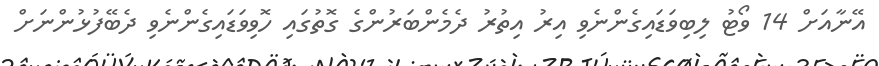
އޭނާއަށް 14 ވޯޓު ލިބިވަޑައިގެންނެވި އިރު އިތުރު ދެމެންބަރުންގެ ގޮތުގައި ހޮވިވަޑައިގެންނެވި ދެބޭފުޅުންނަށް